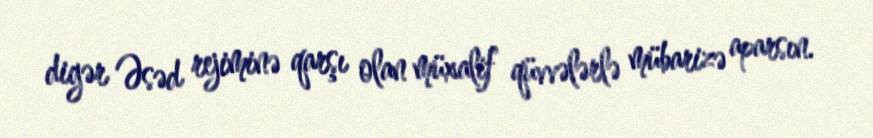
digər Əsəd rejiminə qarşı olan müxalif qüvvələrlə mübarizə aparsın.